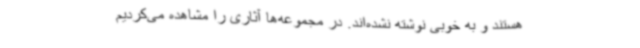
هستند و به خوبی نوشته نشده‌اند. در مجموعه‌ها آثاری را مشاهده می‌کردیم